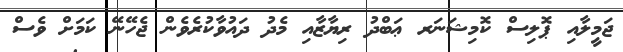
ޖަމީލާއި ޕޮލިސް ކޮމިޝަނަރ ޢަބްދު ރިޔާޒާއި މެދު ދައުވާކުރެވެން ޖެހޭނޭ ކަމަށް ވެސް